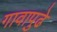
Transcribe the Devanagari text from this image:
गावापुढे